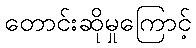
တောင်းဆိုမှုကြောင့်